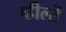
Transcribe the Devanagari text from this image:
व्हीलों